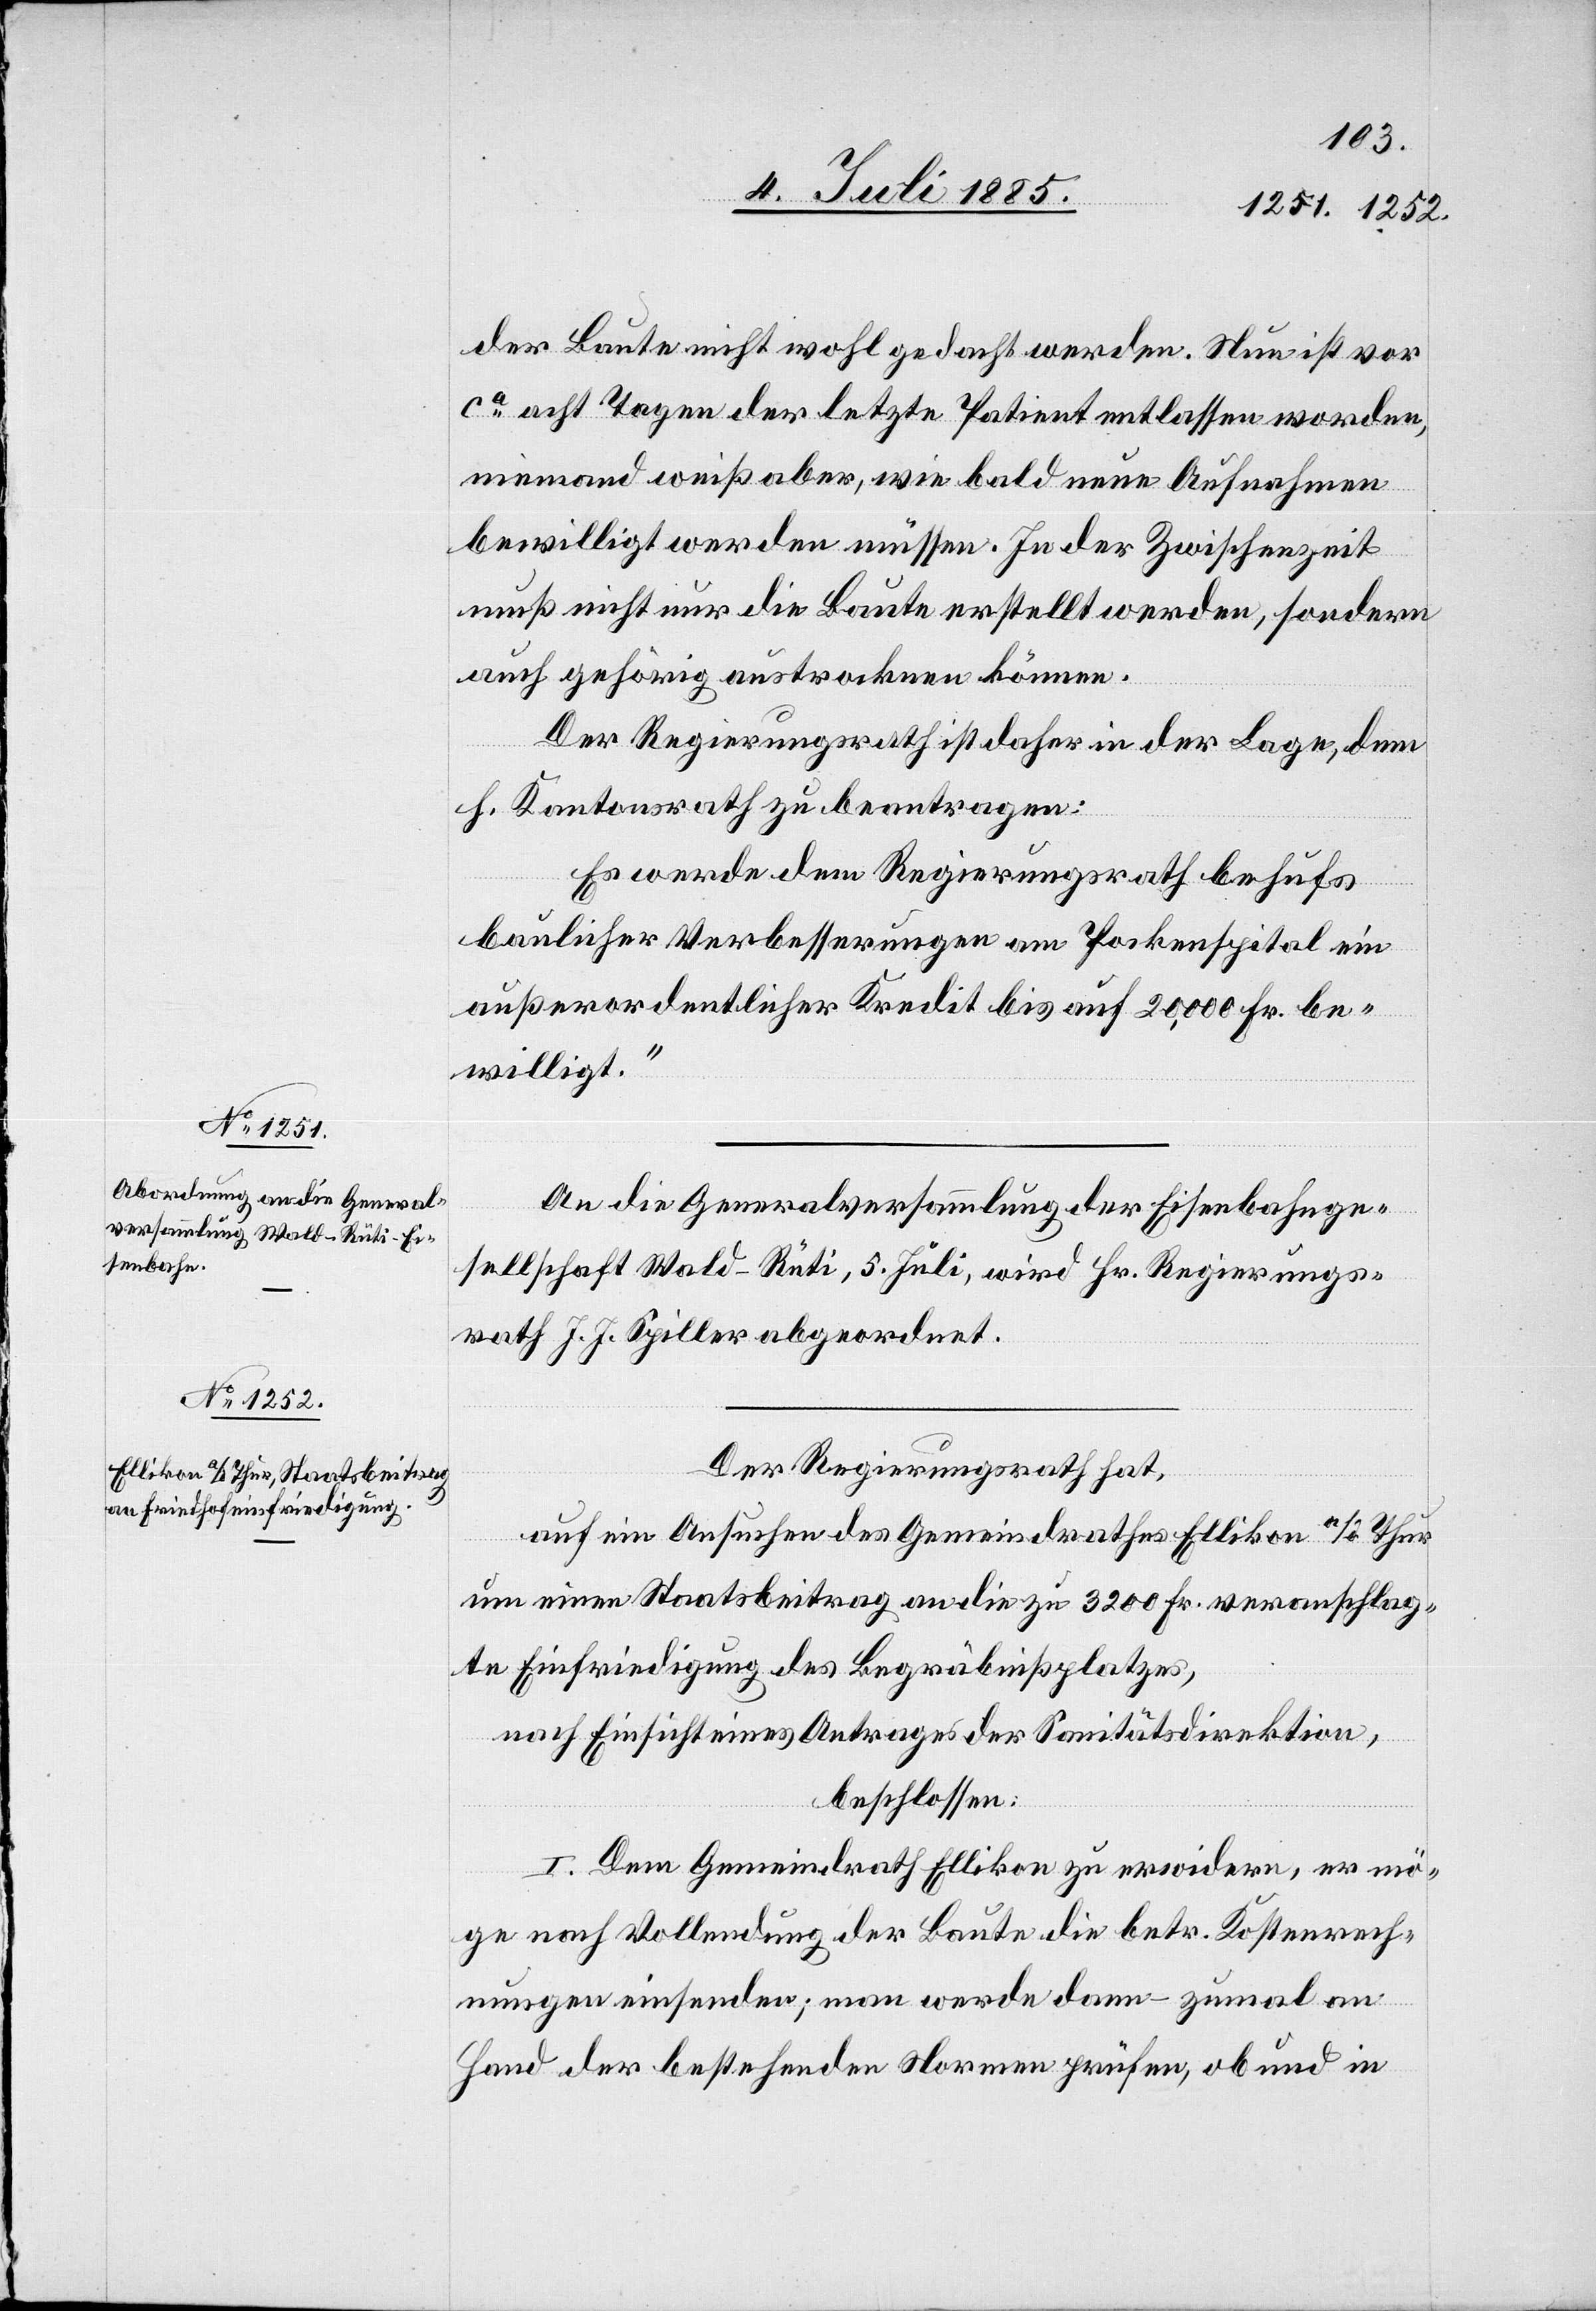
der Baute nicht wohl gedacht werden. Nun ist vor
ca acht Tagen der letzte Patient entlassen worden,
niemand weiß aber, wie bald neue Aufnahmen
bewilligt werden müssen. In der Zwischenzeit
muß nicht nur die Baute erstellt werden, sondern
auch gehörig austrocknen können.
Der Regierungsrath ist daher in der Lage, dem
h. Kantonsrath zu beantragen:
Es werde dem Regierungsrath behufs
baulicher Verbesserungen am Pockenspital ein
außerordentlicher Kredit bis auf 20,000 Fr. be¬
willigt.“
An die Generalversammlung der Eisenbahnge¬
sellschaft Wald–Rüti, 5. Juli, wird Hr. Regierungs¬
rath J. J. Spiller abgeordnet.
Der Regierungsrath hat,
auf ein Ansuchen des Gemeindrathes Ellikon a/d. Thur
um einen Staatsbeitrag an die zu 3200 Fr. veranschlag¬
te Einfriedung des Begräbnißplatzes,
nach Einsicht eines Antrages der Sanitätsdirektion,
beschlossen:
I. Dem Gemeindrath Ellikon zu erwidern, er mö¬
ge nach Vollendung der Baute die betr. Kostenrech¬
nungen einsenden; man werde dann – zumal an
Hand der bestehenden Normen prüfen, ob und in